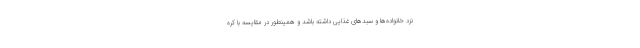
نزد خانواده‌ها و سبدهای غذایی داشته باشد و همینطور در مقایسه با کره